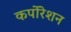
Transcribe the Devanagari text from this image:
कर्पोरेशन